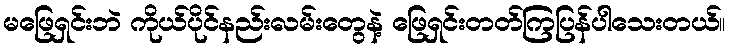
မဖြေရှင်းဘဲ ကိုယ်ပိုင်နည်းလမ်းတွေနဲ့ ဖြေရှင်းတတ်ကြပြန်ပါသေးတယ်။